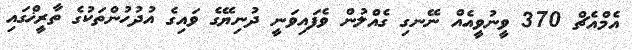
އެމްއެޗް 370 ވީނުވީއެއް ނޭނގި ގެއްލުން ވެފައިވަނީ ދުނިޔޭގެ ވައިގެ އުދުހުންތަކުގެ ތާރީޚްގައި